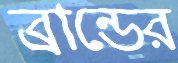
ব্রান্ডের